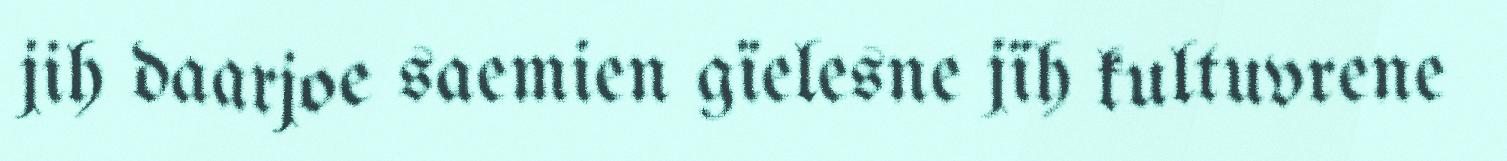
jih daarjoe saemien gïelesne jïh kultuvrene